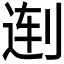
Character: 𱐜